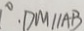
\cdot D M / / A B